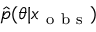
\hat { p } ( \theta | x _ { \mathrm { ~ o ~ b ~ s ~ } } )